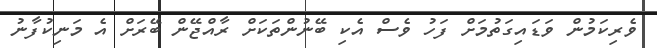
ވެރިކަމުން ވަޑައިގަތުމަށް ފަހު ވެސް އެކި ބޭނުންތަކަށް ރާއްޖޭން ބޭރަށް އެ މަނިކުފާނު